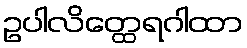
ဥပါလိတ္ထေရဂါထာ